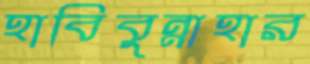
হাবিবুন্নাহার